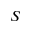
S